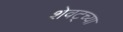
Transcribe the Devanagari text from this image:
शेवट्च्या